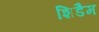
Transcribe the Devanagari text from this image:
शिडैम